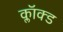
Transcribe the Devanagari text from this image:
क्लॉक्ड